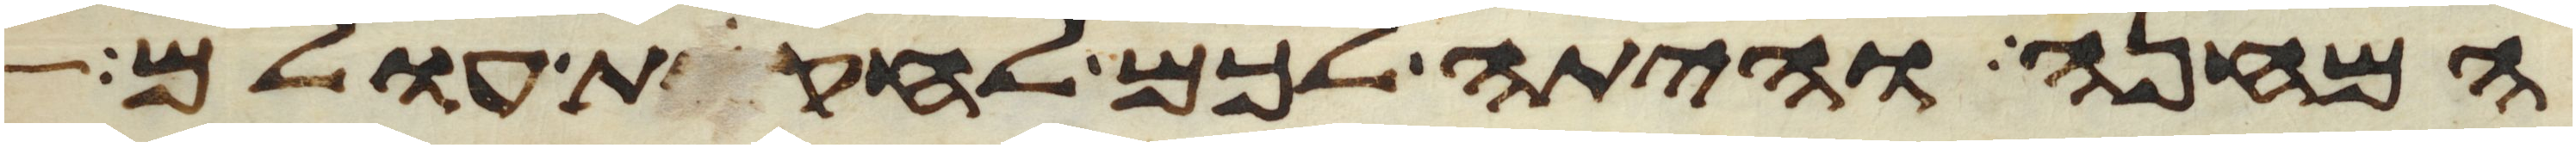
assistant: המחנה והיתה לכם לחקות עולם